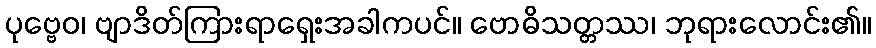
ပုဗ္ဗေဝ၊ ဗျာဒိတ်ကြားရာရှေးအခါကပင်။ ဗောဓိသတ္တဿ၊ ဘုရားလောင်း၏။